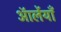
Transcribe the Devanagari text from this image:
ऑर्लेयाँ